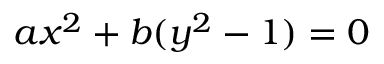
a x ^ { 2 } + b ( y ^ { 2 } - 1 ) = 0